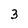
Character: 3